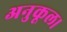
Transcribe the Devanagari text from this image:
अनुकूल।